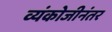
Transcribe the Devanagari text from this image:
व्यंकोजीनंतर